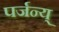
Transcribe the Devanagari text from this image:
पर्जन्य्